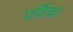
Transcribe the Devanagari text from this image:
पर्विका